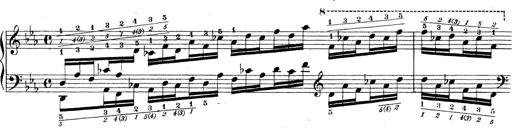
Title: Technische Studien
Composer: Franz Liszt